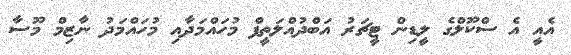
އެއީ އެ ސްކޫލްގެ ލީޑިން ޓީޗަރު އަބްދުއްލަތީފް މުހައްމަދާއި މުހައްމަދު ނާޒިމް މޫސާ